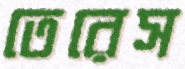
তেরেস